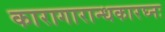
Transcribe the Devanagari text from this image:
कारागारान्धकारघ्नः